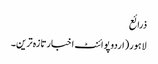
ذرائع
لاہور(اردوپوائنٹ اخبارتازہ ترین۔